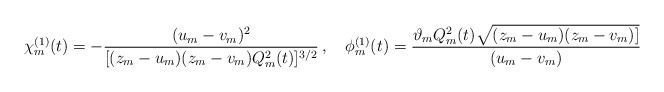
\begin{align*}\chi_m^{(1)}(t)=-\frac{(u_m-v_m)^2}{[(z_m-u_m)(z_m-v_m)Q_m^2(t)]^{3/2}}\,,\quad\phi_m^{(1)}(t)=\frac{\vartheta_mQ_m^2(t)\sqrt{(z_m-u_m)(z_m-v_m)]}}{(u_m-v_m)}\end{align*}